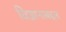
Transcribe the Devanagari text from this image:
विज्ञानाबद्दल